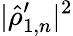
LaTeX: \vert\hat{\rho}_{1,n}^{\prime}\vert^{2}